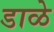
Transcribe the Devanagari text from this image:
डाळे